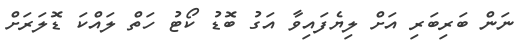
ނަން ބަރިބަރި އަށް ލިޔެފައިވާ އަގު ބޮޑު ކޯޓު ހަތް ލައްކަ ޑޮލަރަށް